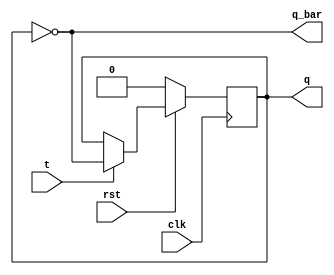
module tff(clk,rst,t,q,q_bar);
input clk;
input rst;
input t;
output reg q;
output q_bar;


always @(posedge clk)

begin
if(!rst)
q<=1'b0;
else
 if(t==1)
 q=~q;
 else
 q=q;
end
assign q_bar=~q;
endmodule